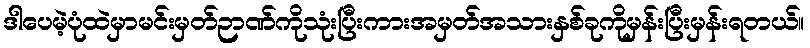
ဒါပေမဲ့ပုံထဲမှာမင်းမှတ်ဉာဏ်ကိုသုံးပြီးကားအမှတ်အသားနှစ်ခုကိုမှန်းပြီးမှန်းရတယ်။